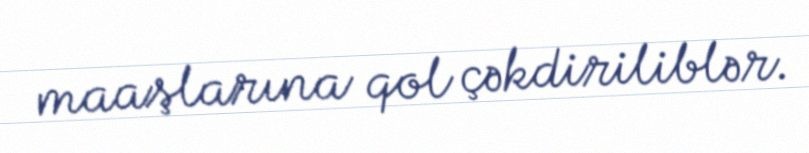
maaşlarına qol çəkdiriliblər.